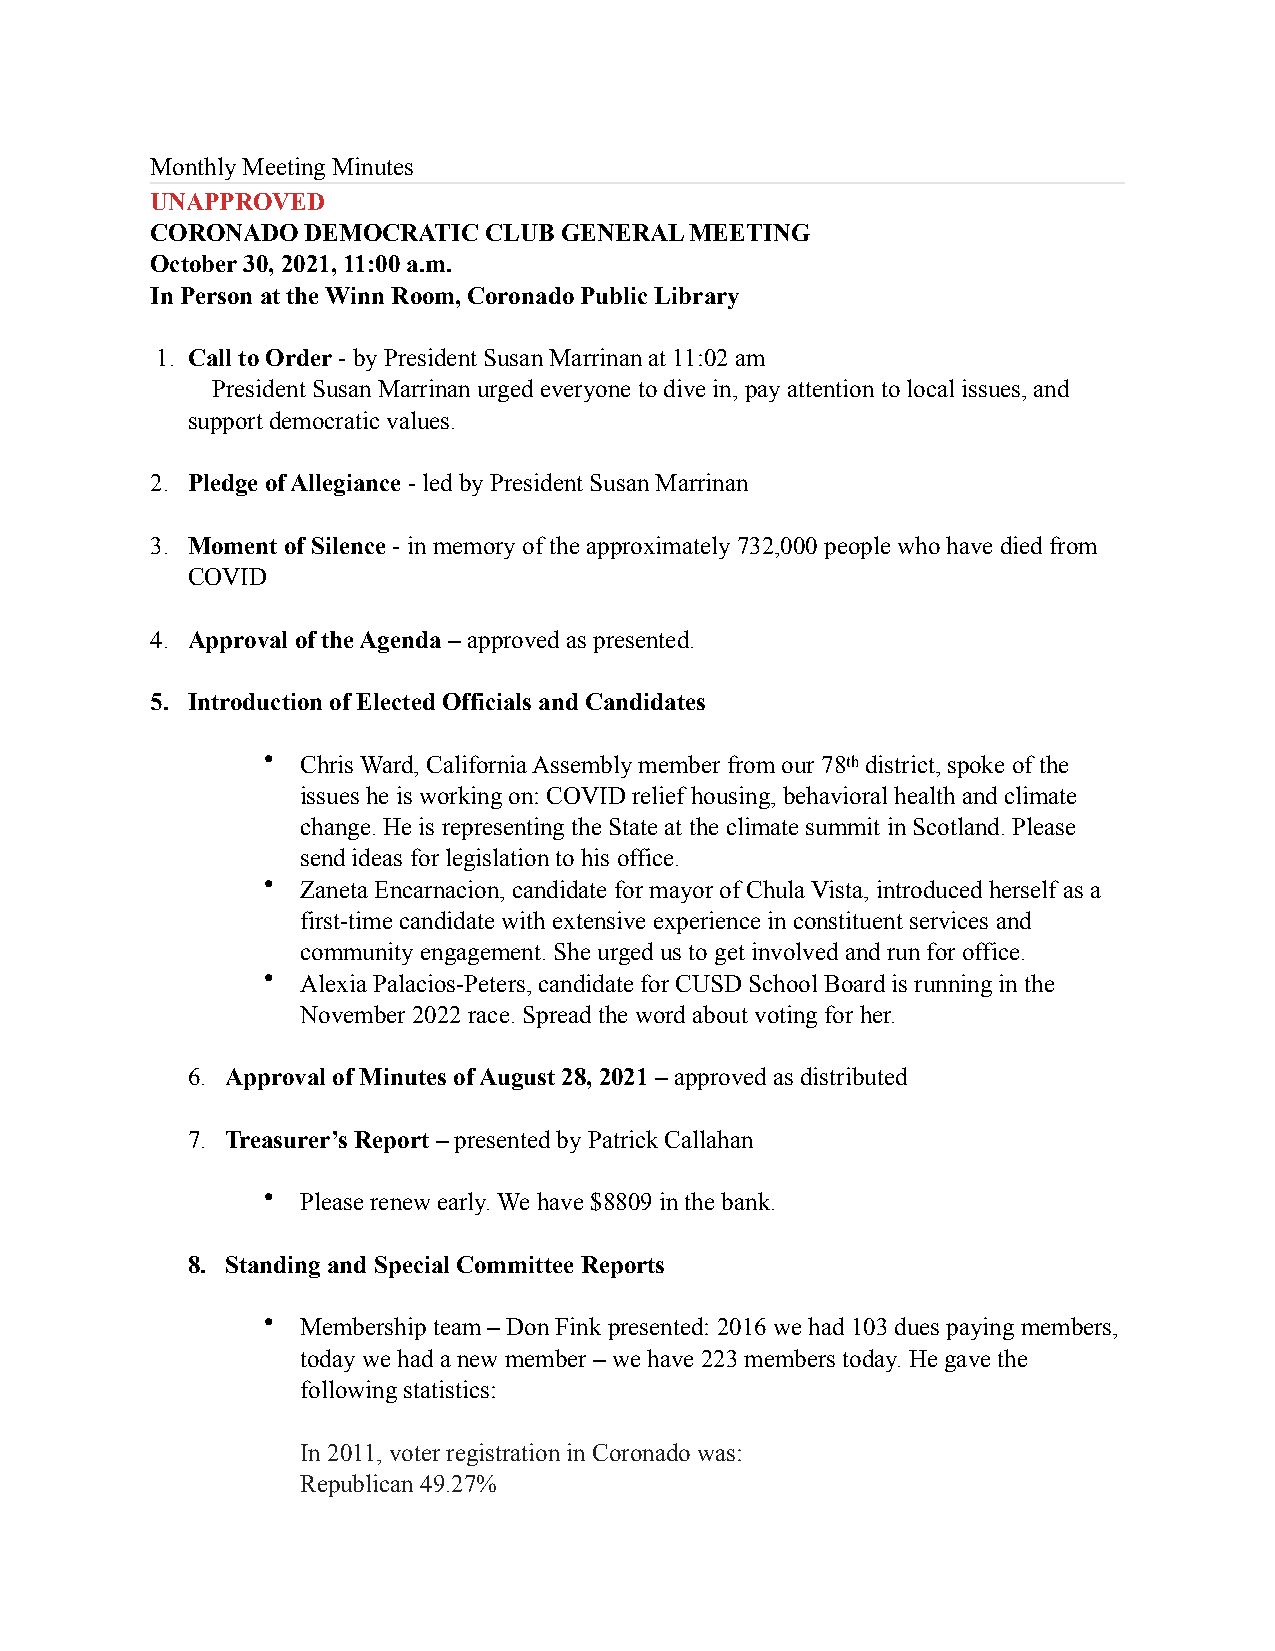
Monthly Meeting Minutes
 UNAPPROVED
 CORONADO  DEMOCRATIC  CLUB GENERAL  MEETING
 October 30, 2021, 11:00 a.m.
 In Person at the Winn Room, Coronado Public Library
 1. Call to Order - by President Susan Marrinan at 11:02 am
 President Susan Marrinan urged everyone to dive in, pay attention to local issues, and
 support democratic values.
 2. Pledge of Allegiance - led by President Susan Marrinan
 3. Moment of Silence - in memory of the approximately 732,000 people who have died from
 COVID
 4. Approval of the Agenda – approved as presented.
 5. Introduction of Elected Officials and Candidates
 •  Chris Ward, California Assembly member from our 78th district, spoke of the
 issues he is working on: COVID relief housing, behavioral health and climate
 change. He is representing the State at the climate summit in Scotland. Please
 send ideas for legislation to his office.
 •  Zaneta Encarnacion, candidate for mayor of Chula Vista, introduced herself as a
 first-time candidate with extensive experience in constituent services and
 community engagement. She urged us to get involved and run for office.
 •  Alexia Palacios-Peters, candidate for CUSD School Board is running in the
 November 2022 race. Spread the word about voting for her.
 6. Approval of Minutes of August 28, 2021 – approved as distributed
 7. Treasurer’s Report – presented by Patrick Callahan
 •  Please renew early. We have $8809 in the bank.
 8. Standing and Special Committee Reports
 •  Membership team – Don Fink presented: 2016 we had 103 dues paying members,
 today we had a new member – we have 223 members today. He gave the
 following statistics:
 In 2011, voter registration in Coronado was:
 Republican 49.27%